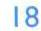
18